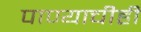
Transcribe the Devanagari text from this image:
पाण्याचीही